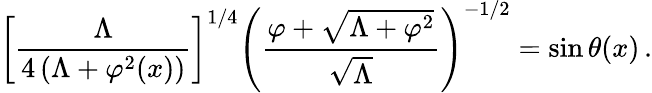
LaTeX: \left[\frac{\Lambda}{4\left(\Lambda+\varphi^{2}(x)\right)}\right]^{1/4}\left(\frac{\varphi+\sqrt{\Lambda+\varphi^{2}}}{\sqrt{\Lambda}}\right)^{-1/2}=\sin\theta(x)\, .